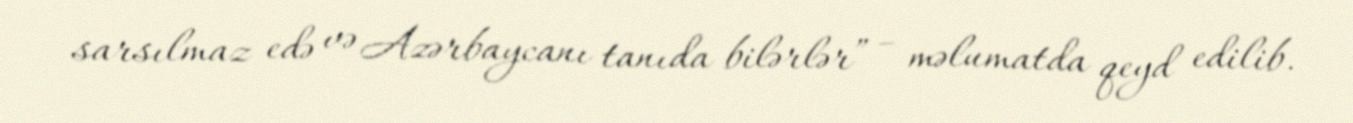
sarsılmaz edə və Azərbaycanı tanıda bilərlər” – məlumatda qeyd edilib.